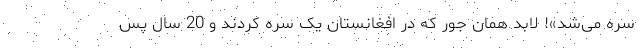
سره می‌شد»! لابد همان جور که در افغانستان یک سره کردند و 20 سال پس